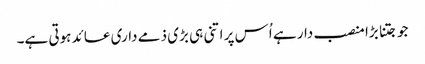
جو جتنا بڑا منصب دار ہے اُس پر اتنی ہی بڑی ذمے داری عائد ہوتی ہے۔